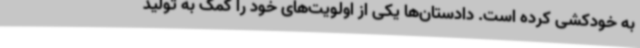
به خودکشی کرده است. دادستان‌ها یکی از اولویت‌های خود را کمک به تولید